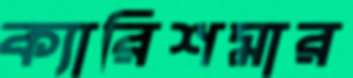
ক্যারিশমার